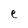
Character: e